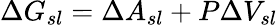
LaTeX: \Delta G_{sl}=\Delta A_{sl}+P\Delta V_{sl}